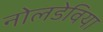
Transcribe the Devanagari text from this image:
नोलडेविया